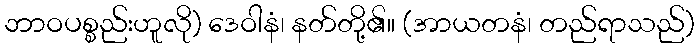
ဘာဝပစ္စည်းဟူလို) ဒေဝါနံ၊ နတ်တို့၏။ (အာယတနံ၊ တည်ရာသည်)